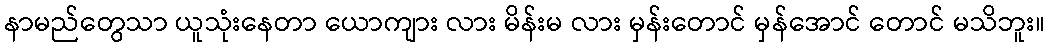
နာမည်တွေသာ ယူသုံးနေတာ ယောကျား လား မိန်းမ လား မှန်းတောင် မှန်အောင် တောင် မသိဘူး။